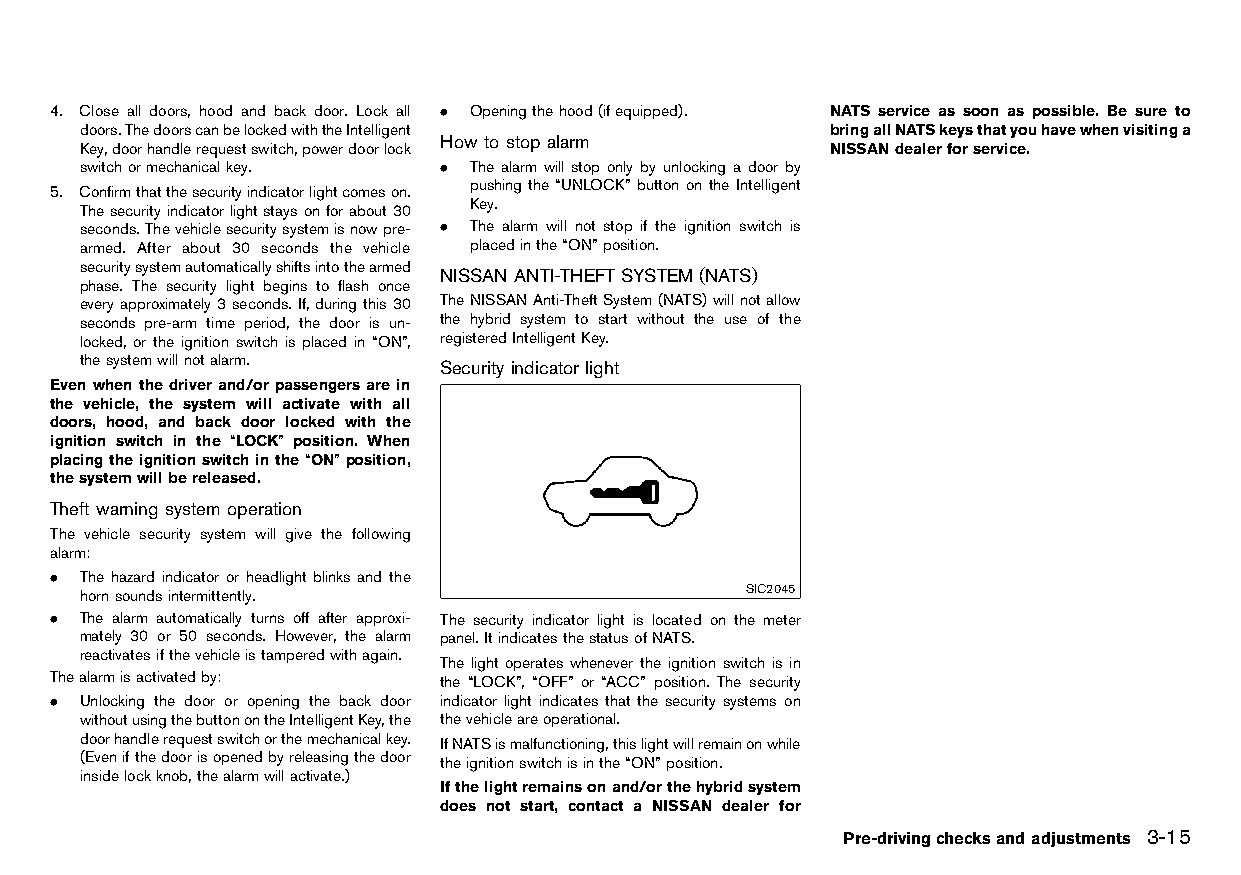
(123,1)
 4. Close all doors, hood and back door. Lock all . Openingthehood(ifequipped). NATS service as soon as possible. Be sure to
 doors.ThedoorscanbelockedwiththeIntelligent       bringallNATSkeysthatyouhavewhenvisitinga
 Howtostop alarm
 Key,doorhandlerequestswitch,powerdoorlock GUID-C4E1EF69-F772-4882-B846-B8F40993C57D NISSANdealerforservice.
 switchormechanicalkey.  . The alarm will stop only by unlocking a door by
 pushing the “UNLOCK” button on the Intelligent
 5. Confirmthatthesecurityindicatorlightcomeson.
 Key.
 Thesecurityindicatorlightstaysonforabout30
 seconds.Thevehiclesecuritysystemisnowpre- . The alarm will not stop if the ignition switch is
 armed. After about 30 seconds the vehicle placedinthe“ON”position.
 securitysystemautomaticallyshiftsintothearmed
 NISSAN ANTI-THEFTSYSTEM(NATS)
 phase. The security light begins to flash once HT32A1-5E437D07-076E-4181-8CCF-57AFFB80C485
 everyapproximately3seconds.If,duringthis30 TheNISSANAnti-TheftSystem(NATS)willnotallow
 seconds pre-arm time period, the door is un- the hybrid system to start without the use of the
 locked, or the ignition switch is placed in “ON”, registeredIntelligentKey.
 thesystemwillnotalarm.
 Security indicatorlight
 Evenwhenthedriverand/orpassengersarein HT32A1-36B6B0EC-D25F-4E7B-ACC5-81BEC5447E82
 the vehicle, the system will activate with all
 doors, hood, and back door locked with the
 ignition switch in the “LOCK” position. When
 placingtheignitionswitchinthe“ON”position,
 thesystemwillbereleased.
 Theft warning system operation
 GUID-A60E3146-E0C6-4A9C-A32F-F43A9BD29A4B
 The vehicle security system will give the following
 alarm:
 . The hazard indicator or headlight blinks and the
 hornsoundsintermittently.                   SIC2045
 . The alarm automatically turns off after approxi- The security indicator light is located on the meter
 mately 30 or 50 seconds. However, the alarm panel.ItindicatesthestatusofNATS.
 reactivatesifthevehicleistamperedwithagain.
 The light operates whenever the ignition switch is in
 Thealarmisactivatedby:    the “LOCK”, “OFF” or “ACC” position. The security
 . Unlocking the door or opening the back door indicator light indicates that the security systems on
 withoutusingthebuttonontheIntelligentKey,the thevehicleareoperational.
 doorhandlerequestswitchorthemechanicalkey. IfNATSismalfunctioning,thislightwillremainonwhile
 (Evenifthedoorisopenedbyreleasingthedoor theignitionswitchisinthe“ON”position.
 insidelockknob,thealarmwillactivate.)
 Ifthelightremainsonand/orthehybridsystem
 does not start, contact a NISSAN dealer for
 Pre-drivingchecksandadjustments 3-15
 Condition:                        [Edit:2015/8/24 Model: HT32-A]